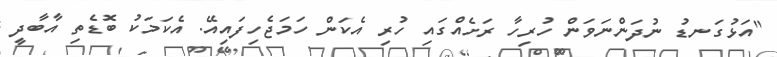
"އަޅުގަނޑު ނުދަންނަވަން ހުރިހާ ރަށެއްގައި ހުރި އެކަން ހަމަޖެހިފައިއޭ. އެކަމަކު ބޮޑެތި އާބާދީ